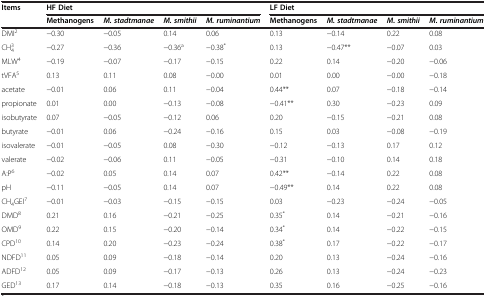
<table><thead><tr><td rowspan="2"><b>Items</b></td><td colspan="4"><b>HF Diet</b></td><td colspan="4"><b>LF Diet</b></td></tr><tr><td><b>Methanogens</b></td><td><b><i>M. stadtmanae</i></b></td><td><b><i>M. smithii</i></b></td><td><b><i>M. ruminantium</i></b></td><td><b>Methanogens</b></td><td><b><i>M. stadtmanae</i></b></td><td><b><i>M. smithii</i></b></td><td><b><i>M. ruminantium</i></b></td></tr></thead><tbody><tr><td>DMI<sup>2</sup></td><td>-0.30</td><td>-0.05</td><td>0.14</td><td>0.06</td><td>0.13</td><td>-0.14</td><td>0.22</td><td>0.08</td></tr><tr><td>CH<sub>4</sub><sup>3</sup></td><td>-0.27</td><td>-0.36</td><td>-0.36<sup>a</sup></td><td>-0.38<sup>*</sup></td><td>0.13</td><td>-0.47**</td><td>-0.07</td><td>0.03</td></tr><tr><td>MLW<sup>4</sup></td><td>-0.19</td><td>-0.07</td><td>-0.17</td><td>-0.15</td><td>0.22</td><td>0.14</td><td>-0.20</td><td>-0.06</td></tr><tr><td>tVFA<sup>5</sup></td><td>0.13</td><td>0.11</td><td>0.08</td><td>-0.00</td><td>0.01</td><td>0.00</td><td>-0.00</td><td>-0.18</td></tr><tr><td>acetate</td><td>-0.01</td><td>0.06</td><td>0.11</td><td>-0.04</td><td>0.44**</td><td>0.07</td><td>-0.18</td><td>-0.14</td></tr><tr><td>propionate</td><td>0.01</td><td>0.00</td><td>-0.13</td><td>-0.08</td><td>-0.41**</td><td>0.30</td><td>-0.23</td><td>0.09</td></tr><tr><td>isobutyrate</td><td>0.07</td><td>-0.05</td><td>-0.12</td><td>0.06</td><td>0.20</td><td>-0.15</td><td>-0.21</td><td>0.08</td></tr><tr><td>butyrate</td><td>-0.01</td><td>0.06</td><td>-0.24</td><td>-0.16</td><td>0.15</td><td>0.03</td><td>-0.08</td><td>-0.19</td></tr><tr><td>isovalerate</td><td>-0.01</td><td>-0.05</td><td>0.08</td><td>-0.30</td><td>-0.12</td><td>-0.13</td><td>0.17</td><td>0.12</td></tr><tr><td>valerate</td><td>-0.02</td><td>-0.06</td><td>0.11</td><td>-0.05</td><td>-0.31</td><td>-0.10</td><td>0.14</td><td>0.18</td></tr><tr><td>A:P<sup>6</sup></td><td>-0.02</td><td>0.05</td><td>0.14</td><td>0.07</td><td>0.42**</td><td>-0.14</td><td>0.22</td><td>0.08</td></tr><tr><td>pH</td><td>-0.11</td><td>-0.05</td><td>0.14</td><td>0.07</td><td>-0.49**</td><td>0.14</td><td>0.22</td><td>0.08</td></tr><tr><td>CH<sub>4</sub>GEI<sup>7</sup></td><td>-0.01</td><td>-0.03</td><td>-0.15</td><td>-0.15</td><td>0.03</td><td>-0.23</td><td>-0.24</td><td>-0.05</td></tr><tr><td>DMD<sup>8</sup></td><td>0.21</td><td>0.16</td><td>-0.21</td><td>-0.25</td><td>0.35<sup>*</sup></td><td>0.14</td><td>-0.21</td><td>-0.16</td></tr><tr><td>OMD<sup>9</sup></td><td>0.22</td><td>0.15</td><td>-0.20</td><td>-0.14</td><td>0.34<sup>*</sup></td><td>0.14</td><td>-0.22</td><td>-0.15</td></tr><tr><td>CPD<sup>10</sup></td><td>0.14</td><td>0.20</td><td>-0.23</td><td>-0.24</td><td>0.38<sup>*</sup></td><td>0.17</td><td>-0.22</td><td>-0.17</td></tr><tr><td>NDFD<sup>11</sup></td><td>0.05</td><td>0.09</td><td>-0.18</td><td>-0.14</td><td>0.20</td><td>0.13</td><td>-0.24</td><td>-0.16</td></tr><tr><td>ADFD<sup>12</sup></td><td>0.05</td><td>0.09</td><td>-0.17</td><td>-0.13</td><td>0.26</td><td>0.13</td><td>-0.24</td><td>-0.23</td></tr><tr><td>GED<sup>13</sup></td><td>0.17</td><td>0.14</td><td>-0.18</td><td>-0.13</td><td>0.35</td><td>0.16</td><td>-0.25</td><td>-0.16</td></tr></tbody></table>